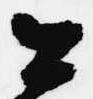
公